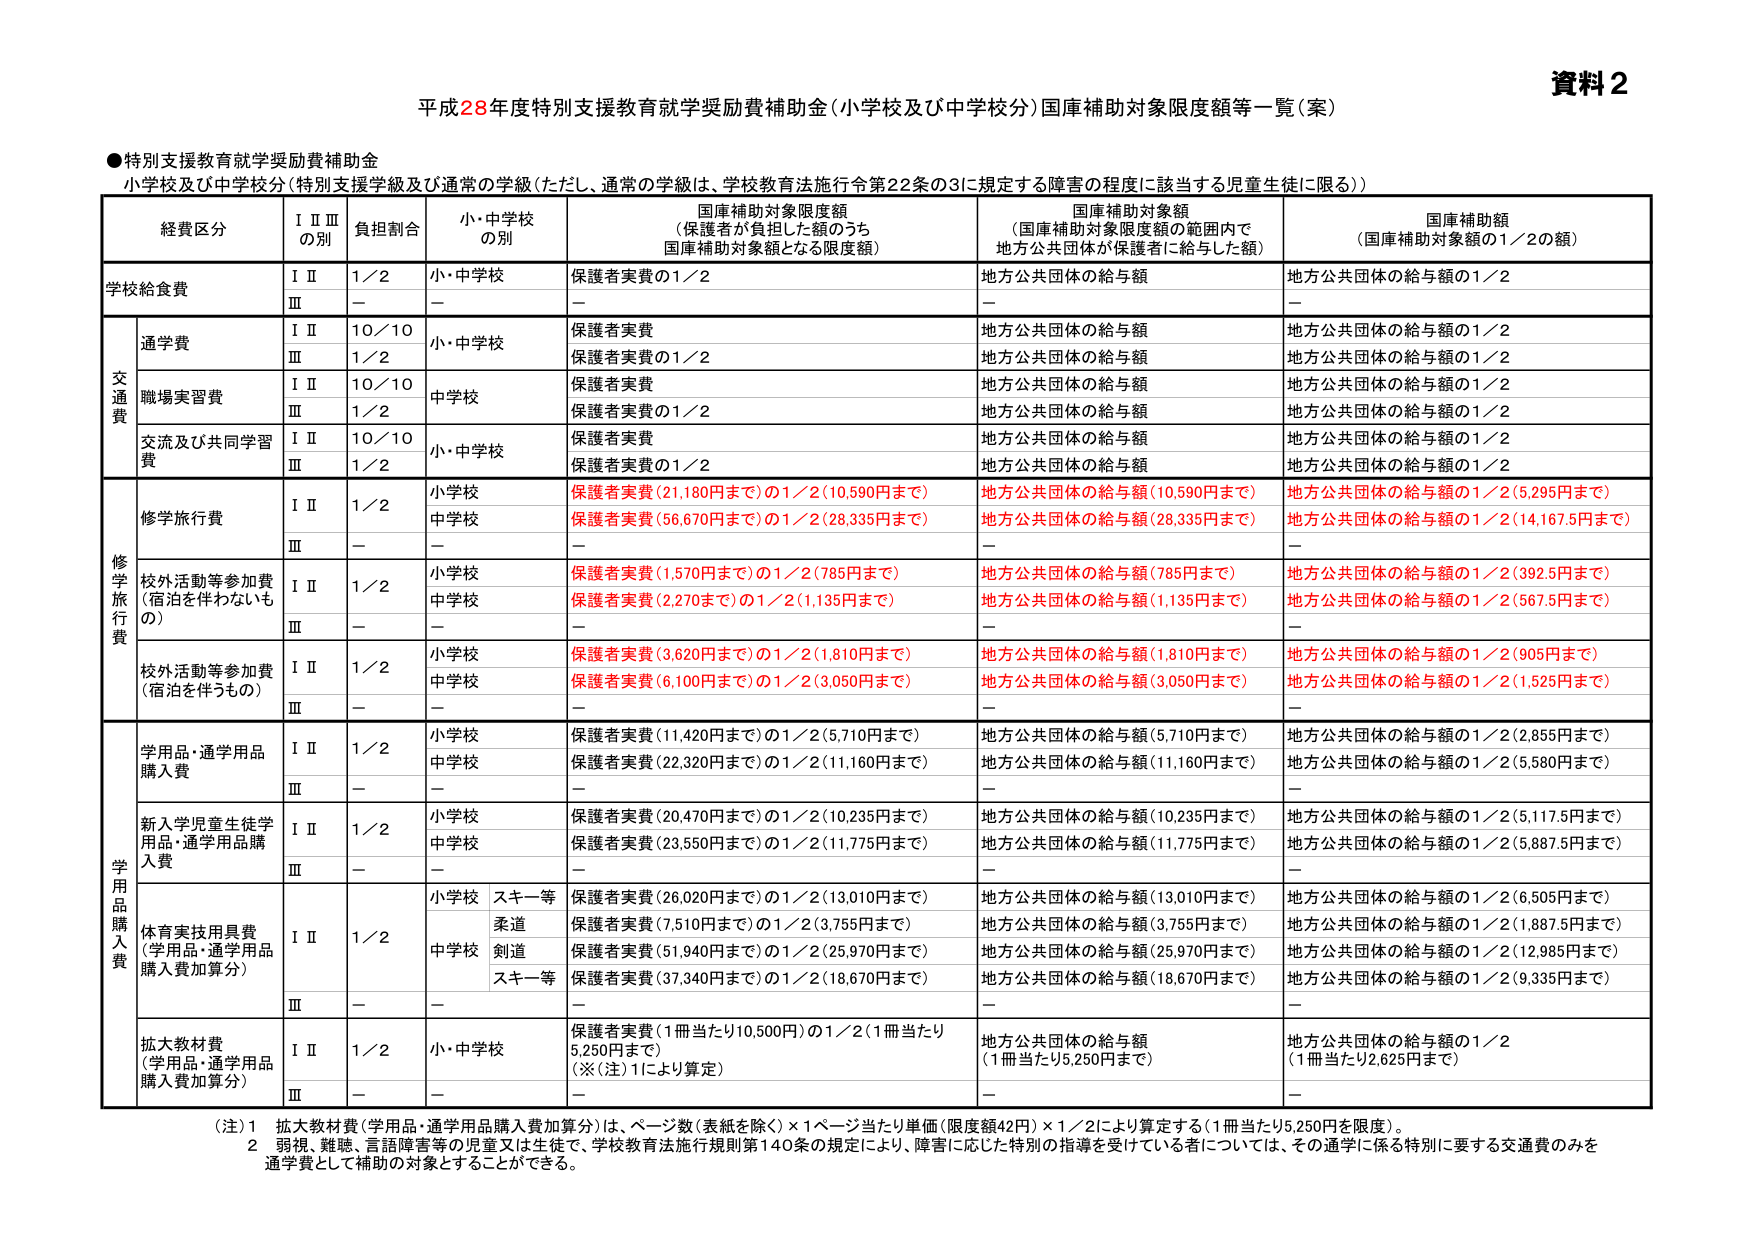
資料２
平成28年度特別支援教育就学奨励費補助金（小学校及び中学校分）国庫補助対象限度額等一覧（案）

●特別支援教育就学奨励費補助金
小学校及び中学校分（特別支援学級及び通常の学級（ただし、通常の学級は、学校教育法施行令第22条の3に規定する障害の程度に該当する児童生徒に限る。））

| 経費区分 | ⅠⅡⅢの別 | 負担割合 | 小・中学校の別 | 国庫補助対象限度額（保護者が負担した額のうち国庫補助対象額となる限度額） | 国庫補助対象額（国庫補助対象限度額の範囲内で地方公共団体が保護者に給与した額） | 国庫補助額（国庫補助対象額の1／2の額） |
|----------|-----------|-----------|----------------|--------------------------------------------------|--------------------------------------------------|----------------------------------------|
| 学校給食費 | ⅠⅡ | 1／2 | 小・中学校 | 保護者実費の1／2 | 地方公共団体の給与額 | 地方公共団体の給与額の1／2 |
| | Ⅲ | － | － | － | － | － |
| 交通費 | 通学費 | ⅠⅡ | 10／10 | 小・中学校 | 保護者実費 | 地方公共団体の給与額 | 地方公共団体の給与額の1／2 |
| | | Ⅲ | 1／2 | | 保護者実費の1／2 | 地方公共団体の給与額 | 地方公共団体の給与額の1／2 |
| | 職場実習費 | ⅠⅡ | 10／10 | 中学校 | 保護者実費 | 地方公共団体の給与額 | 地方公共団体の給与額の1／2 |
| | | Ⅲ | 1／2 | | 保護者実費の1／2 | 地方公共団体の給与額 | 地方公共団体の給与額の1／2 |
| | 交流及び共同学習費 | ⅠⅡ | 10／10 | 小・中学校 | 保護者実費 | 地方公共団体の給与額 | 地方公共団体の給与額の1／2 |
| | | Ⅲ | 1／2 | | 保護者実費の1／2 | 地方公共団体の給与額 | 地方公共団体の給与額の1／2 |
| 修学旅行費 | 修学旅行費 | ⅠⅡ | 1／2 | 小学校 | 保護者実費（21,180円まで）の1／2（10,590円まで） | 地方公共団体の給与額（10,590円まで） | 地方公共団体の給与額の1／2（5,295円まで） |
| | | | | 中学校 | 保護者実費（56,670円まで）の1／2（28,335円まで） | 地方公共団体の給与額（28,335円まで） | 地方公共団体の給与額の1／2（14,167.5円まで） |
| | | Ⅲ | － | － | － | － | － |
| | 校外活動等参加費（宿泊を伴わないもの） | ⅠⅡ | 1／2 | 小学校 | 保護者実費（1,570円まで）の1／2（785円まで） | 地方公共団体の給与額（785円まで） | 地方公共団体の給与額の1／2（392.5円まで） |
| | | | | 中学校 | 保護者実費（2,270円まで）の1／2（1,135円まで） | 地方公共団体の給与額（1,135円まで） | 地方公共団体の給与額の1／2（567.5円まで） |
| | | Ⅲ | － | － | － | － | － |
| | 校外活動等参加費（宿泊を伴うもの） | ⅠⅡ | 1／2 | 小学校 | 保護者実費（3,620円まで）の1／2（1,810円まで） | 地方公共団体の給与額（1,810円まで） | 地方公共団体の給与額の1／2（905円まで） |
| | | | | 中学校 | 保護者実費（6,100円まで）の1／2（3,050円まで） | 地方公共団体の給与額（3,050円まで） | 地方公共団体の給与額の1／2（1,525円まで） |
| | | Ⅲ | － | － | － | － | － |
| 学用品購入費 | 学用品・通学用品購入費 | ⅠⅡ | 1／2 | 小学校 | 保護者実費（11,420円まで）の1／2（5,710円まで） | 地方公共団体の給与額（5,710円まで） | 地方公共団体の給与額の1／2（2,855円まで） |
| | | | | 中学校 | 保護者実費（22,320円まで）の1／2（11,160円まで） | 地方公共団体の給与額（11,160円まで） | 地方公共団体の給与額の1／2（5,580円まで） |
| | | Ⅲ | － | － | － | － | － |
| | 新入学児童生徒学用品・通学用品購入費 | ⅠⅡ | 1／2 | 小学校 | 保護者実費（20,470円まで）の1／2（10,235円まで） | 地方公共団体の給与額（10,235円まで） | 地方公共団体の給与額の1／2（5,117.5円まで） |
| | | | | 中学校 | 保護者実費（23,550円まで）の1／2（11,775円まで） | 地方公共団体の給与額（11,775円まで） | 地方公共団体の給与額の1／2（5,887.5円まで） |
| | | Ⅲ | － | － | － | － | － |
| | 体育実技用具費（学用品・通学用品購入費加算分） | ⅠⅡ | 1／2 | 小学校 スキー等 | 保護者実費（26,020円まで）の1／2（13,010円まで） | 地方公共団体の給与額（13,010円まで） | 地方公共団体の給与額の1／2（6,505円まで） |
| | | | | | 柔道 | 保護者実費（7,510円まで）の1／2（3,755円まで） | 地方公共団体の給与額（3,755円まで） | 地方公共団体の給与額の1／2（1,887.5円まで） |
| | | | | 中学校 剣道 | 保護者実費（51,940円まで）の1／2（25,970円まで） | 地方公共団体の給与額（25,970円まで） | 地方公共団体の給与額の1／2（12,985円まで） |
| | | | | | スキー等 | 保護者実費（37,340円まで）の1／2（18,670円まで） | 地方公共団体の給与額（18,670円まで） | 地方公共団体の給与額の1／2（9,335円まで） |
| | | Ⅲ | － | － | － | － | － |
| | 拡大教材費（学用品・通学用品購入費加算分） | ⅠⅡ | 1／2 | 小・中学校 | 保護者実費（1冊当たり10,500円）の1／2（1冊当たり5,250円まで）（※（注）1により算定） | 地方公共団体の給与額（1冊当たり5,250円まで） | 地方公共団体の給与額の1／2（1冊当たり2,625円まで） |
| | | Ⅲ | － | － | － | － | － |

（注）1　拡大教材費（学用品・通学用品購入費加算分）は、ページ数（表紙を除く）×1ページ当たり単価（限度額42円）×1／2により算定する（1冊当たり5,250円を限度）。
　　　2　弱視、難聴、言語障害等の児童又は生徒で、学校教育法施行規則第140条の規定により、障害に応じた特別の指導を受けている者については、その通学に係る特別に要する交通費のみを通学費として補助の対象とすることができる。